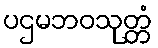
ပဌမဘဝသုတ္တံ